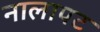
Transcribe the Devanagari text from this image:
नालापट